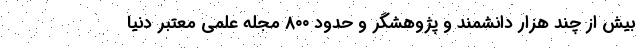
بیش از چند هزار دانشمند و پژوهشگر و حدود ۸۰۰ مجله علمی معتبر دنیا